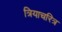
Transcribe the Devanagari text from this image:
त्रियाचरित्र